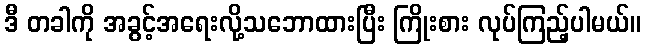
ဒီ တခါကို အခွင့်အရေးလို့သဘောထားပြီး ကြိုးစား လုပ်ကြည့်ပါမယ်။